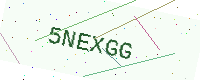
Text: 5NEXGG